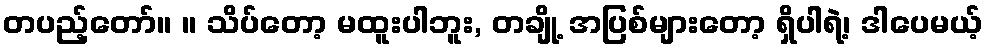
တပည့်တော်။ ။ သိပ်တော့ မထူးပါဘူး, တချို့ အပြစ်များတော့ ရှိပါရဲ့၊ ဒါပေမယ့်